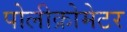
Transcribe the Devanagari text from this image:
पोलीक्रोमेटर